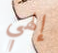
إلهي